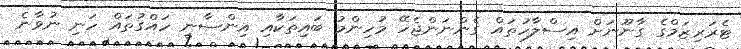
ޓެރަރިޒަމްގެ ގާނޫނަށް އިސްލާހުތައް ގެންނަންޖެހޭ މުހިންމު ބައިތަކާއި އިންސާނީ ހައްގުތައް ހަނި ނުވާނެ